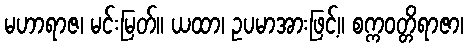
မဟာရာဇ၊ မင်းမြတ်။ ယထာ၊ ဥပမာအားဖြင့်။ စက္ကဝတ္တိရာဇာ၊